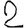
Digit: 2